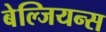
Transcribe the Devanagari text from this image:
बेल्जियन्स